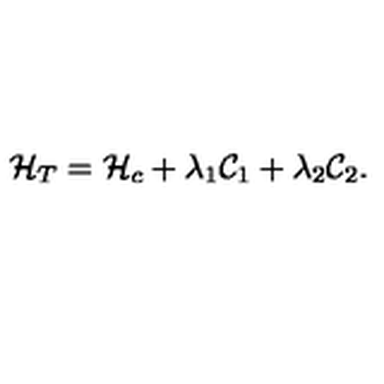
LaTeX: { \cal H } _ { T } = { \cal H } _ { c } + \lambda _ { 1 } { \cal C } _ { 1 } + \lambda _ { 2 } { \cal C } _ { 2 } .